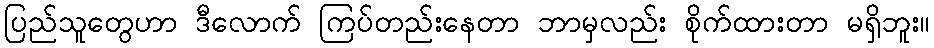
ပြည်သူတွေဟာ ဒီလောက် ကြပ်တည်းနေတာ ဘာမှလည်း စိုက်ထားတာ မရှိဘူး။